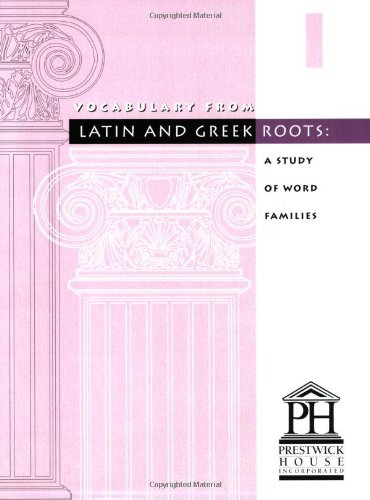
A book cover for Vocabulary from Latin and Greek Roots: Book 1; Elizabeth Osborne; Teen & Young Adult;